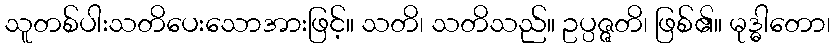
သူတစ်ပါးသတိပေးသောအားဖြင့်။ သတိ၊ သတိသည်။ ဥပ္ပဇ္ဇတိ၊ ဖြစ်၏။ မုဒ္ဓါတော၊